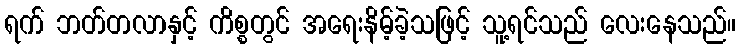
ရက် ဘတ်တလာနှင့် ကိစ္စတွင် အရေးနိမ့်ခဲ့သဖြင့် သူ့ရင်သည် လေးနေသည်။